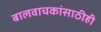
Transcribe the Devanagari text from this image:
बालवाचकांसाठीही